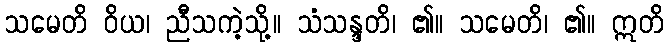
သမေတိ ဝိယ၊ ညီသကဲ့သို့။ သံသန္ဒတိ၊ ၏။ သမေတိ၊ ၏။ ဣတိ